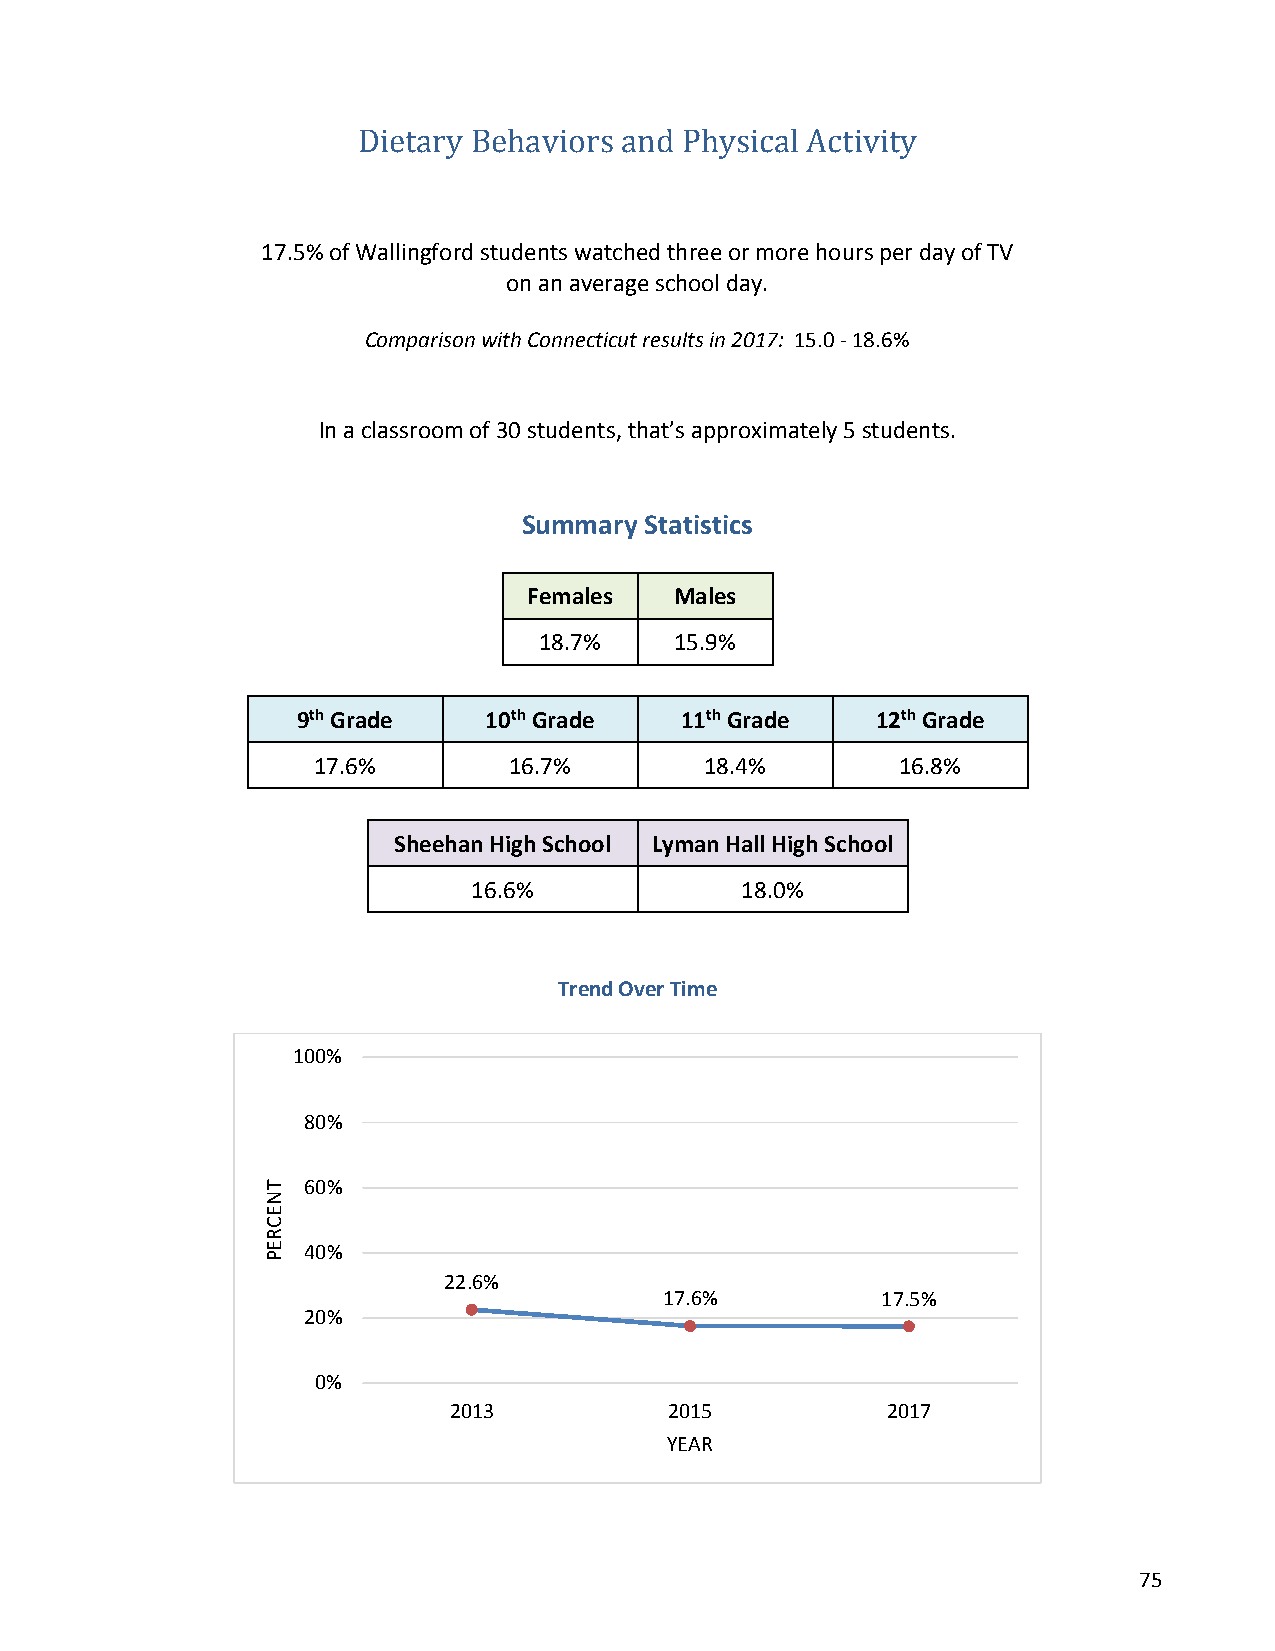
Dietary Behaviors and Physical Activity
 17.5% of Wallingford students watched three or more hours per day of TV
 on an average school day.
 Comparison with Connecticut results in 2017: 15.0 - 18.6%
 In a classroom of 30 students, that’s approximately 5 students.
 Summary Statistics
 Females   Males
 18.7%    15.9%
 9th Grade   10th Grade   11th Grade   12th Grade
 17.6%        16.7%        18.4%        16.8%
 Sheehan High School Lyman Hall High School
 16.6%             18.0%
 Trend Over Time
 100%
 80%
 60%
 40%
 22.6%
 17.6%         17.5%
 20%
 0%
 2013          2015           2017
 YEAR
 75
 TNECREP